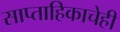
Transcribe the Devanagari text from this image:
साप्ताहिकाचेही